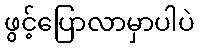
ဖွင့်ပြောလာမှာပါပဲ